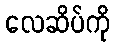
လေဆိပ်ကို